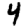
Digit: 4